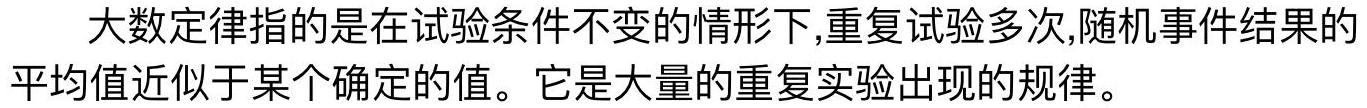
大数定律指的是在试验条件不变的情形下,重复试验多次,随机事件结果的平均值近似于某个确定的值。它是大量的重复实验出现的规律。